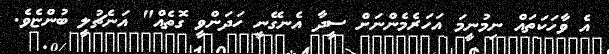
އެ ވާހަކަތައް ނިމުނީމަ އަހަރެމެންނަށް ސީދާ އެނގޭނީ ހަދަންވީ ގޮތެއް" އަނެޗުލީ ބުންޏެވެ.